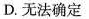
D.无法确定